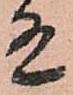
有